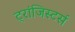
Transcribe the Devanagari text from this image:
ट्रांजिस्टर्स